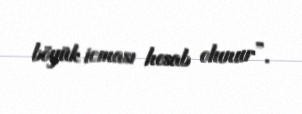
böyük icması hesab olunur”.